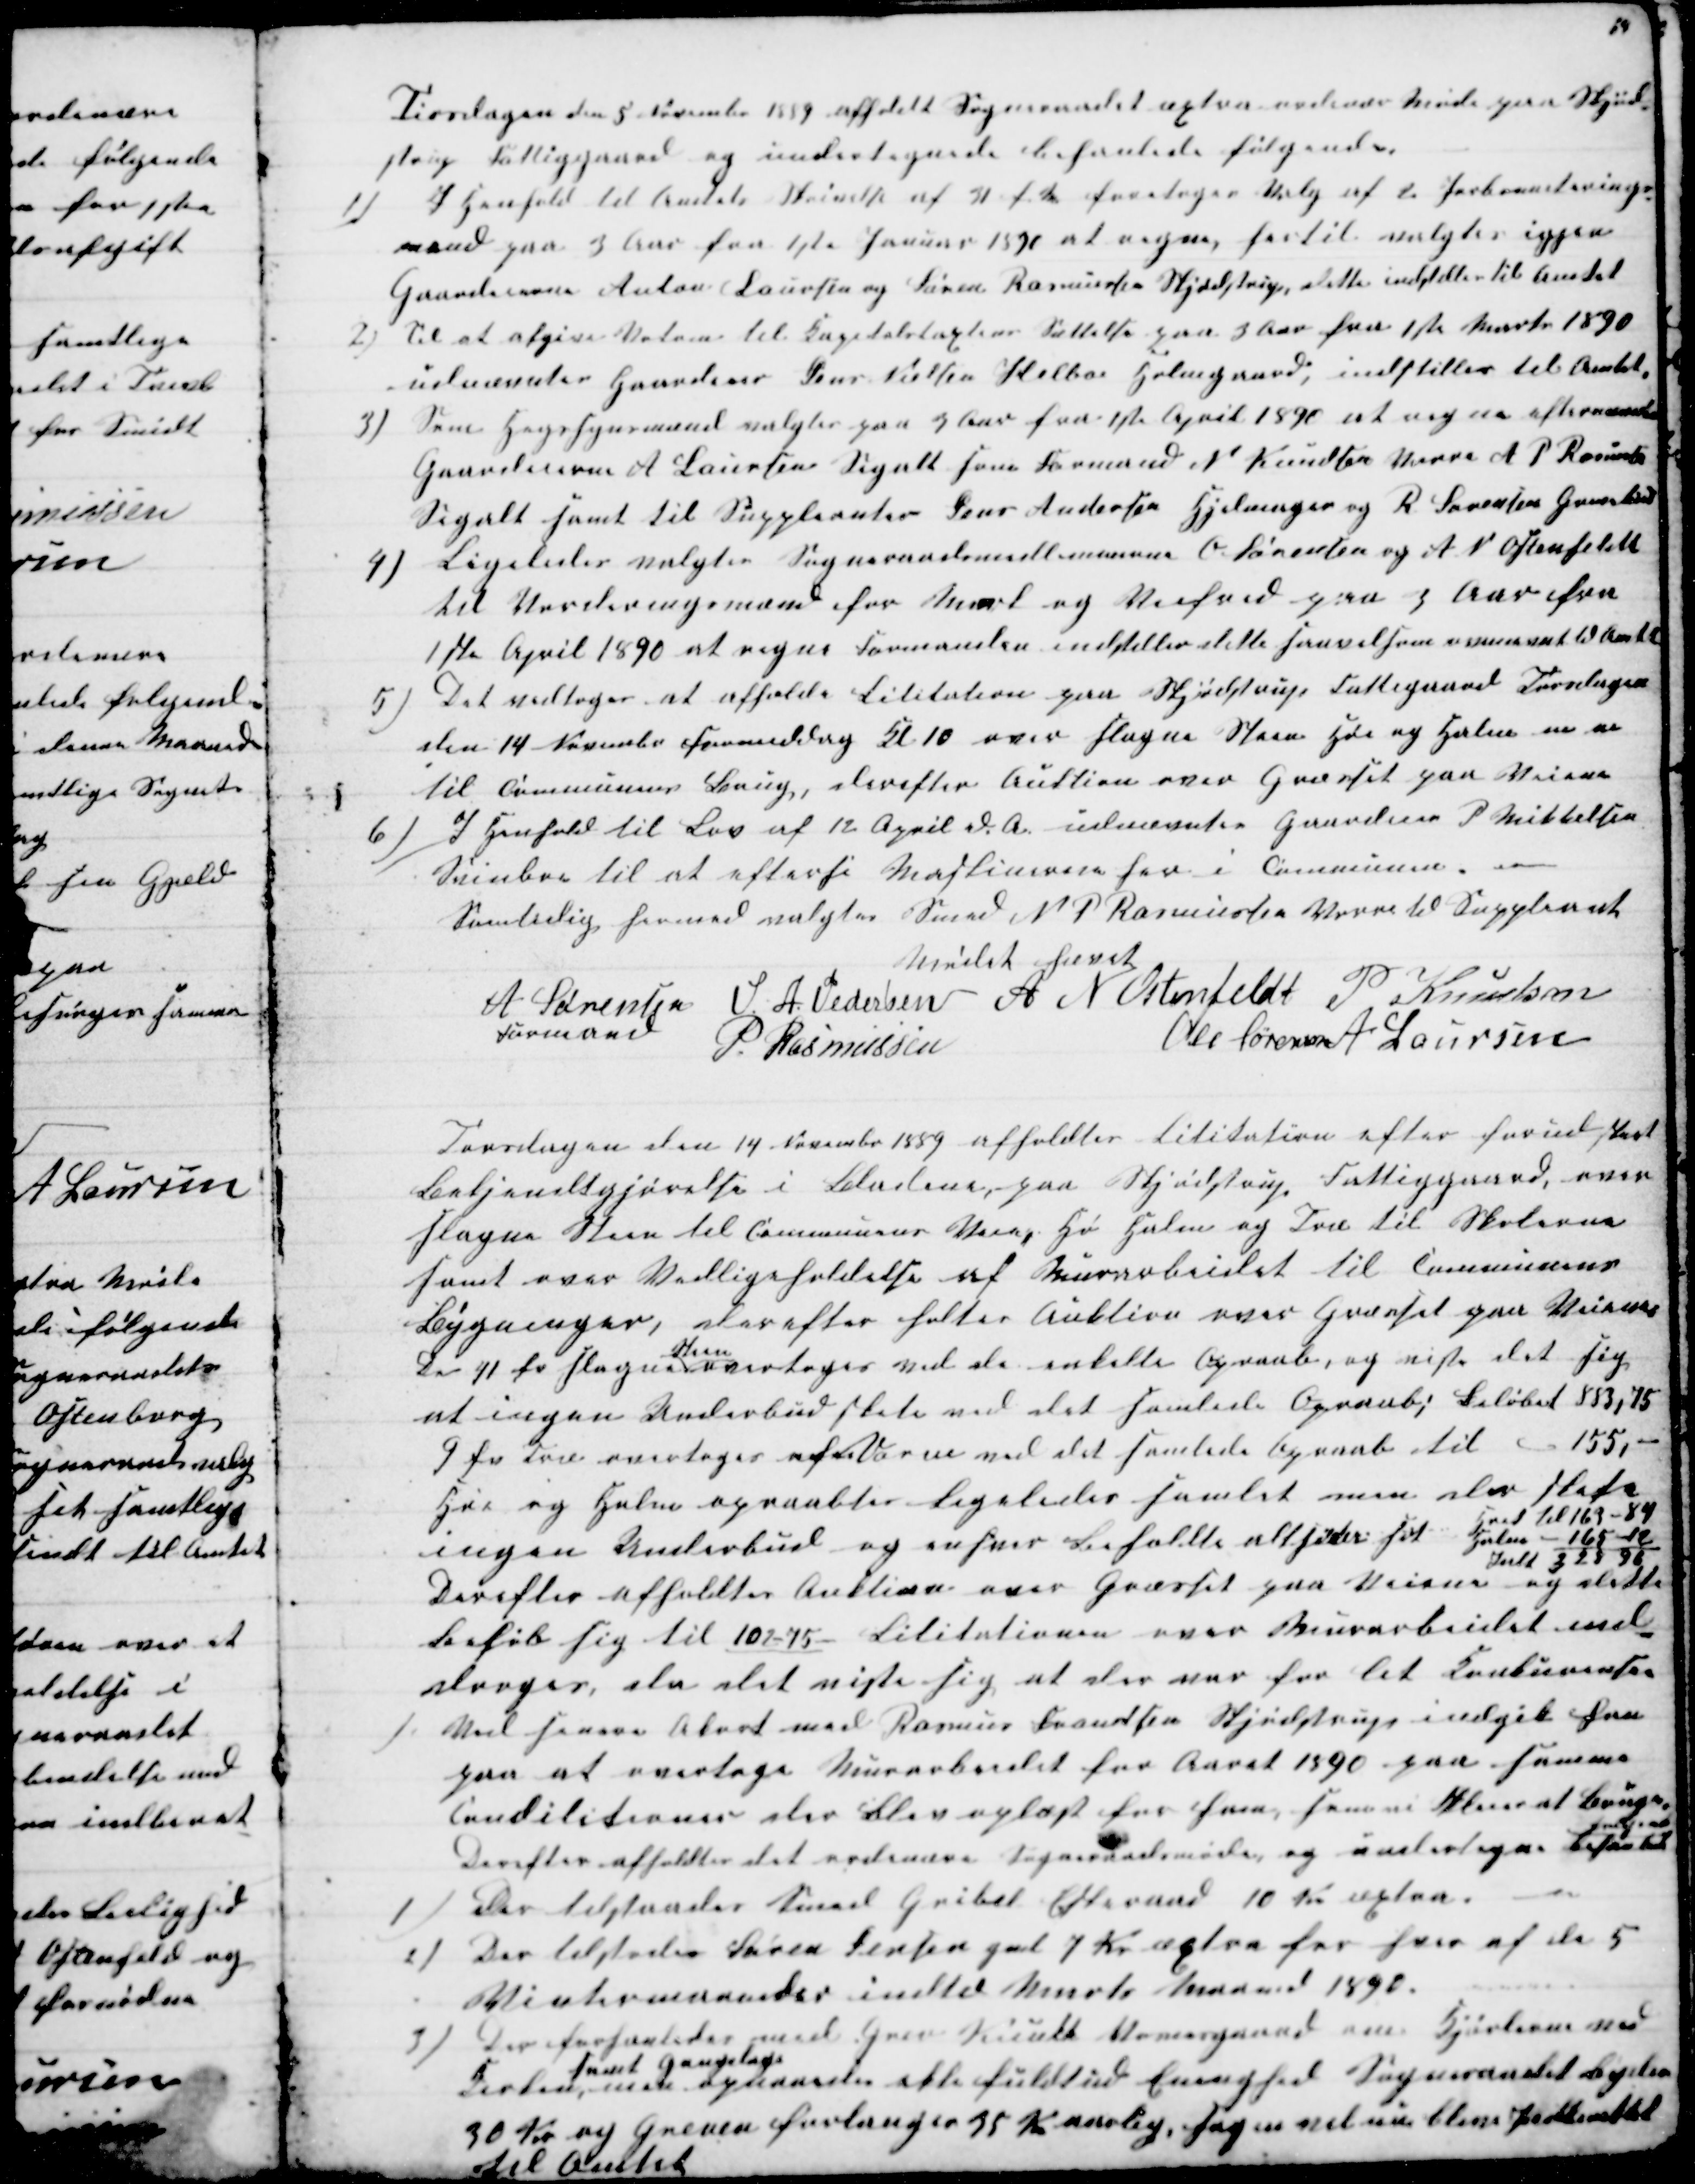
Transskription:
Tirsdagen den 5 November 1889 afholdt Sogneraadet æxtra ordinær Møde paa Skjød-
strup Fattiggaard og undertegnede behanlede følgende.
1)
I Henhold til Amtets Skrivelse af 31 f M foretoges Valg af 2 Jorbonniterings-
mænd paa 3 Aar fra 1ste Januar 1890 at regne, hertil valgtes igjen
Gaardeierne Anton Laursen og Søren Rasmussen Skjødstrup, dette indstilles til Amtet
2)
Til at afgive Votum til Kapitelstaxtens Sættelse paa 3 Aar fra 1ste Marts 1890
udnævntes Gaardeier Jens Nielsen Helboe Holmgaard, indstilles til Amtet,
3)
Som Hegnsynsmænd valgtes paa 3 Aar fra 1ste April 1890 at regne efteraade
Gaardeierne A Laursen Segalt som Formand N Knudsen Vorre A P Rasmus
Segalt samt til Suppleanter Jens Andersen Hjelmager og R Sørensen Grevelund
9) Ligeledes valgtes Sogneraadsmedlemmerne O. Sørensen og A N Ostenfeldt
til Vorderingsmænd for Mark og Veifred paa 3 Aar fra
1ste April 1890 at regne Formanden indstiller dette saavelsom ovennævnt til Amtet
5) Det vedtoges at afholde Lititation paa Skjødstrup Fattiggard Torsdagen
den 14 Novembr Formiddag Kl 10 over slagne Steen Hø og Halm m v
til Communens Brug, derefter Auktion over Græsset paa Veiene
6)
I Henhold til Lov af 12 April d. A. udnævntes Gaardeier P Mikkelsen
Svinboe til at efterse Maskinerne her i Communen. 
Samtidig hermed valgtes Smed N P Rasmussen Vorre til Suppleant
Mødet hævet
A Sørensen 
Formand
S. A. Pedersen A N Ostenfeldt P Knudsen
P. Rasmussen
Ole Sørensen A Laursen
Torsdagen den 14 November 1889 afholdtes Lititation efter forud sket
Bekjendtgjørelse i Bladene, paa Skjødstrup Fattiggaard, over
slagne Steen til Communens Veie, Hø Halm og Træ til Skolerne
samt over Vedligeholdelse af Murarbeidet til Communens
Bygninger, derefter holtes Auktion over Græsset paa Veiene
De 11 fv slagne
Steen
overtoges ved de enkelte Opraab, og viste det sig
at ingen Underbud skete ved det samlede Opraab; Beløbet 883,75
9 fv Træ overtoges af Vorm ved det samlede Opraab til 155,-
Høe og Halm opraabtes ligeledes samlet men der skete
ingen Underbud og enhver beholdte alt svt
Høet til 163 - 84
Halm - 165 - 12
Ialt 328 96
Derefter afholdtes Auktion over Græsset paa Veiene og dette
Beløb sig til 102-75- Lititationen over Murarbeidet ind-
droges, da det viste sig at der var for let Konkurenser
).
Ved senere Akort med Rasmus Frandsen Skjødstrup indgik han
paa at overtage Murarbeidet for Aaret 1890 paa samme
Condititioner der blev oplæst for ham, som vi Pleier at Bruge.
Derefter afholdtes det ordinære Sogneraadsmøde, og undertegnede behanlede
følgende
1)
Der tilstaades Smed Gribel Efteraad 10 Kr æxtra.
2)
Der tilstodes Søren Jensen gal 7 Kr æxtra for hver af de 5
Vintermaaneder indtil Marts Maaned 1890.
3)
Der forhanledes med Grev Knuth Vosnesgaard over Kjøslerne ved
Fisken, 
samt Gangslags
 men opnaaedes ikke fuldtud Enighed Sogneraadet byder
30 Kr og Greven forlanger 35 Kr aarlig, sagen vil nu blive Indberettet
til Amtet